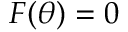
F ( \theta ) = 0